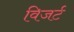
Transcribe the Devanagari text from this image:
विजर्ट